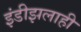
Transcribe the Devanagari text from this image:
इंडीझलाही